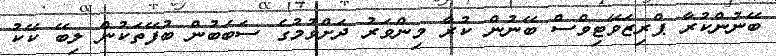
ބޭނުންކުރާ ޕްރިޒަވޭޓިވްސް ބޭނުން ކުރާ މިންވަރު ދަށްވުމުގެ ސަބަބުން ބުފޭތަކުން ލިބޭ ކޭކު